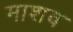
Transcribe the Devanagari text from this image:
माशव